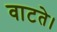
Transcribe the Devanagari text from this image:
वाटते।